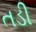
તડી